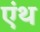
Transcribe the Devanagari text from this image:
एंथ